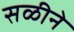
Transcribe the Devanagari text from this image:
सळीने